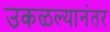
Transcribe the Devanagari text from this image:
उकळल्यानंतर